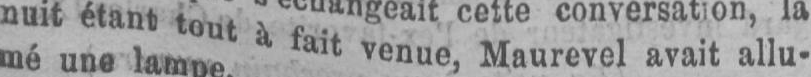
nuit étant tout à fait venue, Maurevel avait allu-